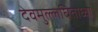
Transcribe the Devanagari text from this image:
देवमुल्लघिताध्वा